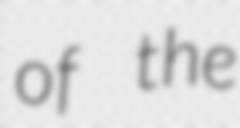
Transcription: of the